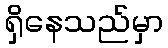
ရှိနေသည်မှာ